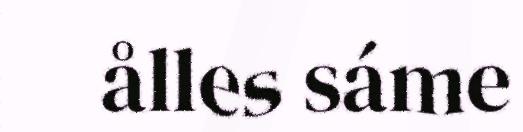
ålles sáme